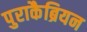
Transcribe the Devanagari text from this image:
पुराकैब्रियन